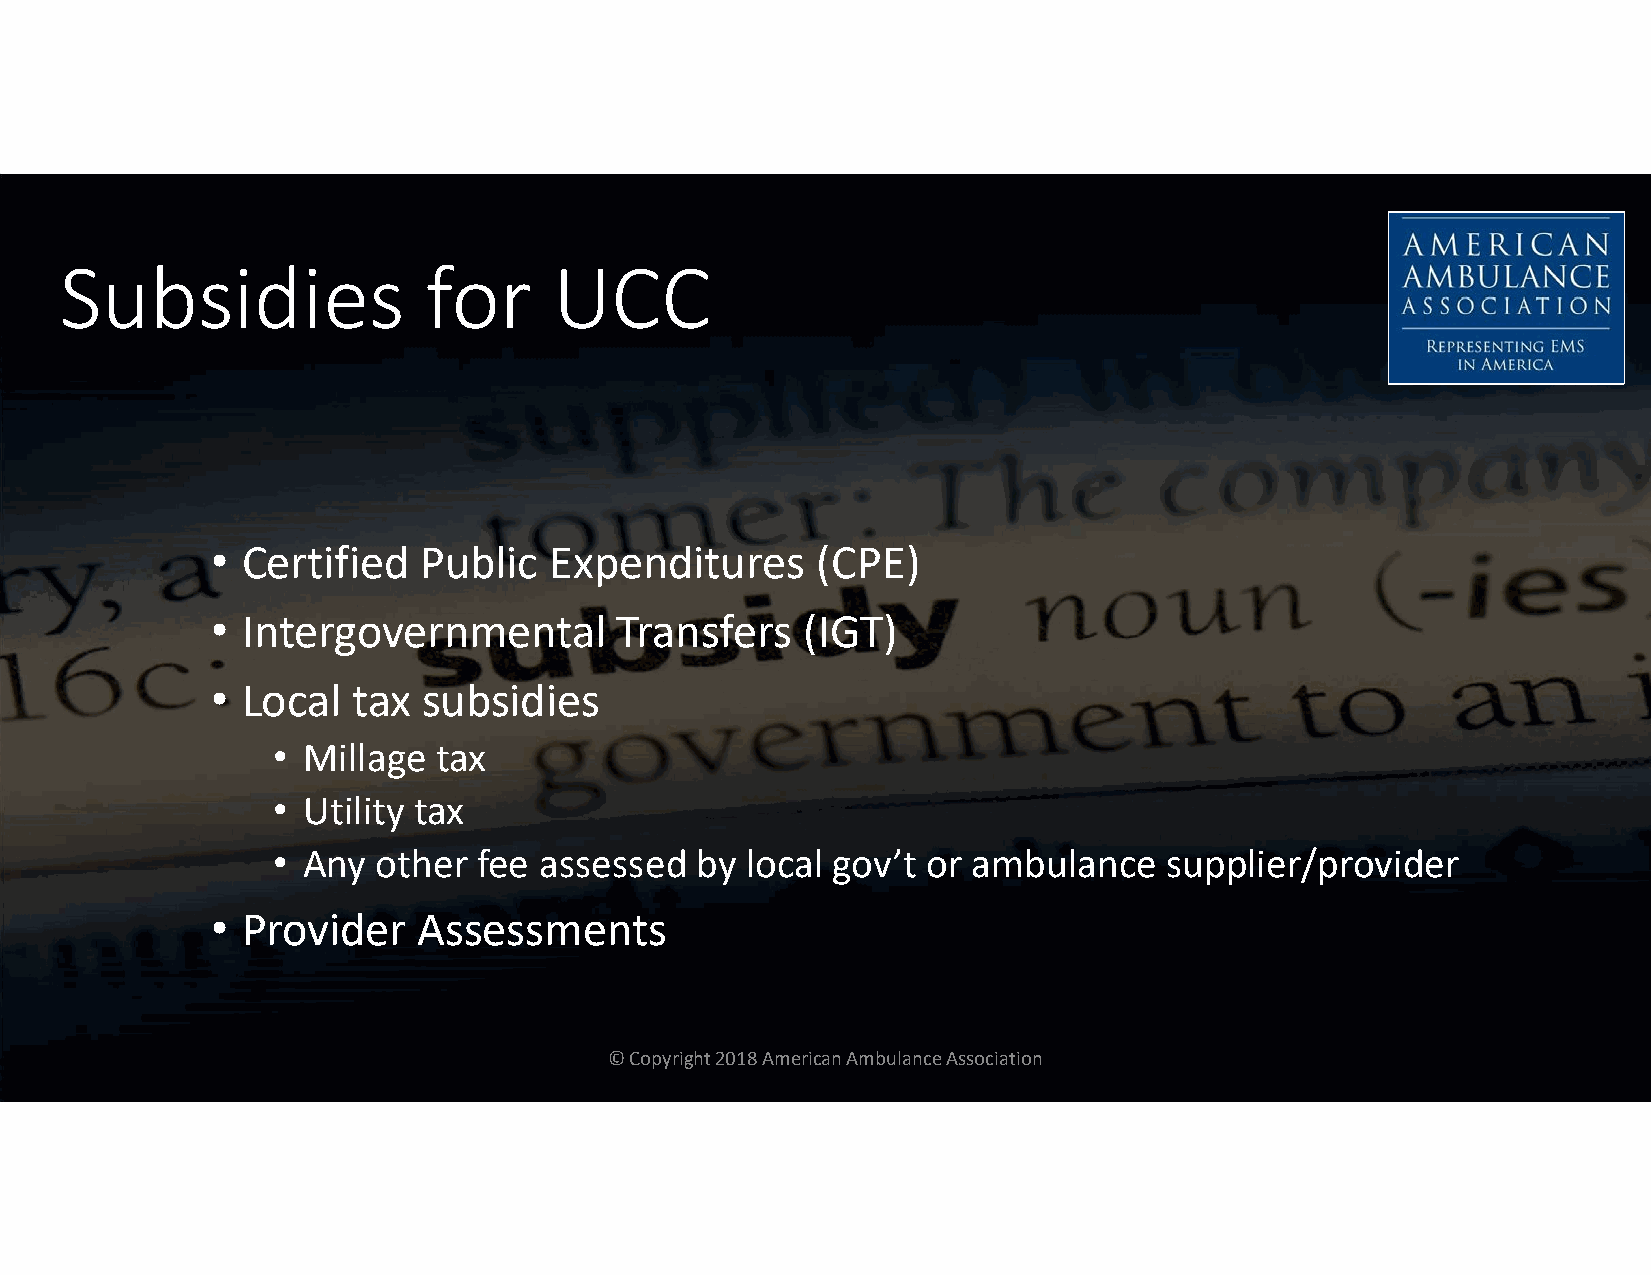
Subsidies               for      UCC
 • Certified   Public  Expenditures      (CPE)
 • Intergovernmental        Transfers   (IGT)
 • Local  tax  subsidies
 • Millage  tax
 • Utility tax
 • Any  other  fee assessed  by local gov’t or ambulance    supplier/provider
 • Provider    Assessments
 © Copyright 2018 American Ambulance Association